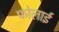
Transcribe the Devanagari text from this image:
फोलाई